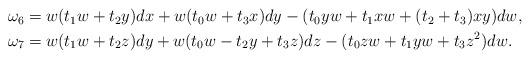
LaTeX: \begin{align*}\begin{aligned}\omega_6 &= w(t_1w+t_2y)dx + w(t_0w+t_3x)dy-(t_0yw+t_1xw+(t_2+t_3)xy)dw, \\\omega_7 &= w(t_1w+t_2z)dy + w(t_0w-t_2y+t_3z)dz-(t_0zw+t_1yw+t_3z^2)dw.\end{aligned}\end{align*}